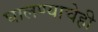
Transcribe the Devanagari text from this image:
घालण्‍याचेही